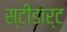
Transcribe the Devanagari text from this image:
स्टीडार्ट